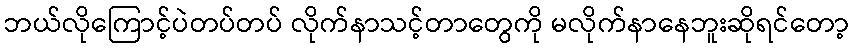
ဘယ်လိုကြောင့်ပဲတပ်တပ် လိုက်နာသင့်တာတွေကို မလိုက်နာနေဘူးဆိုရင်တော့